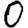
Digit: 0